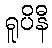
ရူပိနီ